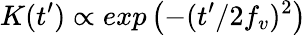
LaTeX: K(t^{\prime})\propto exp\left(-(t^{\prime}/2f_{v})^{2}\right)